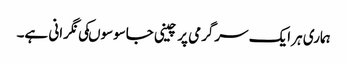
ہماری ہر ایک سرگرمی پر چینی جاسوسوںکی نگرانی ہے۔